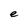
Character: e